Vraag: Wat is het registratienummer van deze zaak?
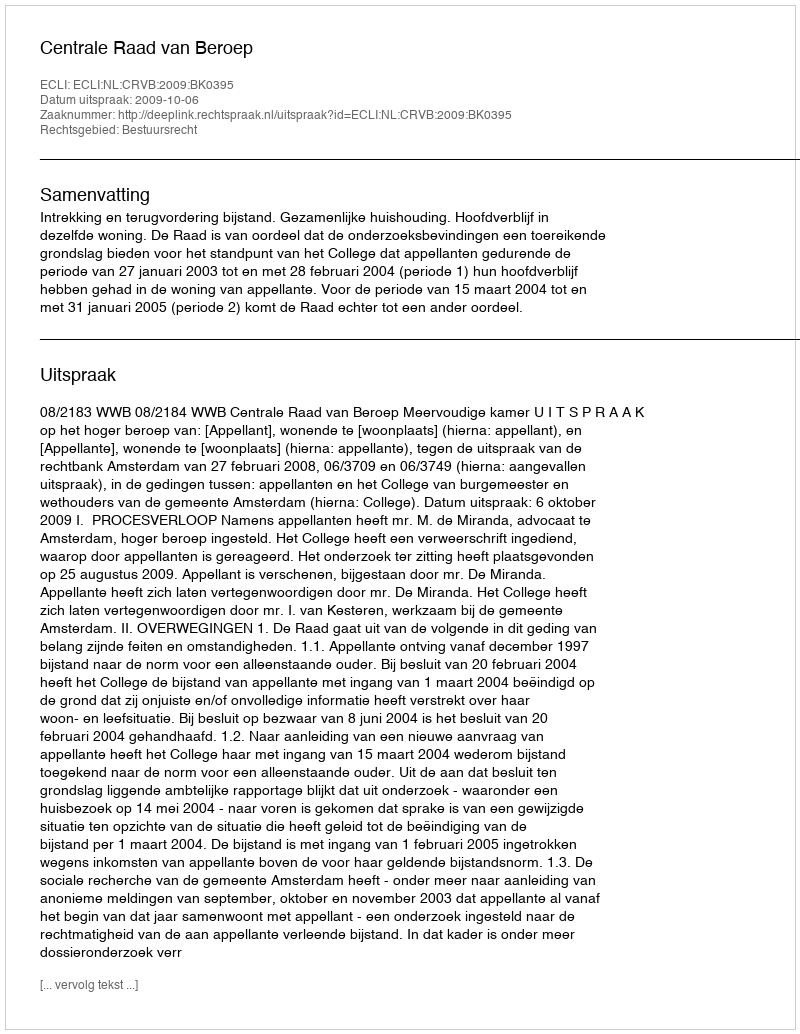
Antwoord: http://deeplink.rechtspraak.nl/uitspraak?id=ECLI:NL:CRVB:2009:BK0395